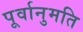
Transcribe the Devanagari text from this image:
पूर्वानुमति